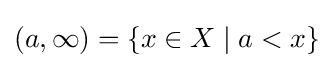
(a,\infty )=\{x\in X\mid a<x\}